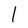
Character: l